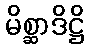
မိစ္ဆာဒိဋ္ဌိ